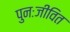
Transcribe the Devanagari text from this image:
पुनःजीवित